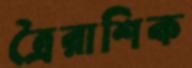
ত্রৈরাশিক